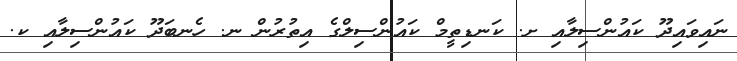
ނައިވައިދޫ ކައުންސިލާއި ށ. ކަނޑިތީމް ކައުންސިލްގެ އިތުރުން ނ. ހެނބަދޫ ކައުންސިލާއި ކ.